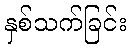
နှစ်သက်ခြင်း